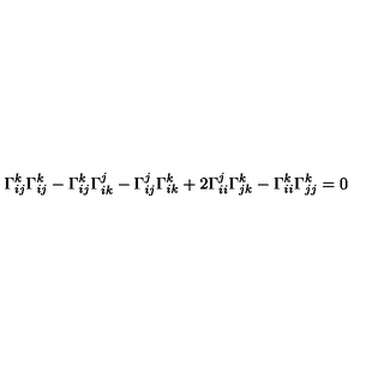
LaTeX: \Gamma _ { i j } ^ { k } \Gamma _ { i j } ^ { k } - \Gamma _ { i j } ^ { k } \Gamma _ { i k } ^ { j } - \Gamma _ { i j } ^ { j } \Gamma _ { i k } ^ { k } + 2 \Gamma _ { i i } ^ { j } \Gamma _ { j k } ^ { k } - \Gamma _ { i i } ^ { k } \Gamma _ { j j } ^ { k } = 0